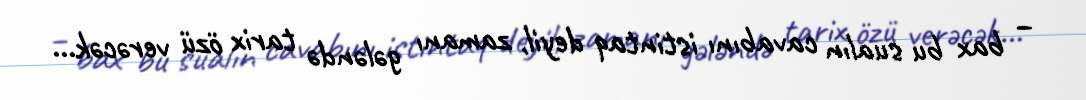
– bax bu sualın cavabını istintaq deyil, zamanı gələndə tarix özü verəcək...